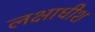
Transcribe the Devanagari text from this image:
लक्षाधीश